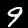
Label: 9